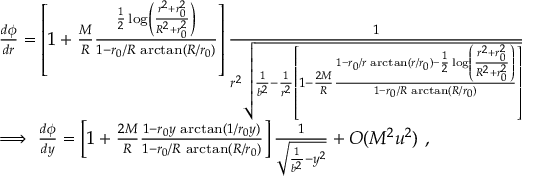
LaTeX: \begin{array} { l } { { \frac { d \phi } { d r } = \left[ 1 + \frac { M } { R } \frac { \frac { 1 } { 2 } \log \left( \frac { r ^ { 2 } + r _ { 0 } ^ { 2 } } { R ^ { 2 } + r _ { 0 } ^ { 2 } } \right) } { 1 - r _ { 0 } / R \, \arctan ( R / r _ { 0 } ) } \right] \frac { 1 } { r ^ { 2 } \sqrt { \frac { 1 } { b ^ { 2 } } - \frac { 1 } { r ^ { 2 } } \left[ 1 - \frac { 2 M } { R } \frac { 1 - r _ { 0 } / r \, \arctan ( r / r _ { 0 } ) - \frac { 1 } { 2 } \log \left( \frac { r ^ { 2 } + r _ { 0 } ^ { 2 } } { R ^ { 2 } + r _ { 0 } ^ { 2 } } \right) } { 1 - r _ { 0 } / R \, \arctan ( R / r _ { 0 } ) } \right] } } } } \\ { { \Longrightarrow \ \frac { d \phi } { d y } = \left[ 1 + \frac { 2 M } { R } \frac { 1 - r _ { 0 } y \, \arctan ( 1 / r _ { 0 } y ) } { 1 - r _ { 0 } / R \, \arctan ( R / r _ { 0 } ) } \right] \frac { 1 } { \sqrt { \frac { 1 } { b ^ { 2 } } - y ^ { 2 } } } + O ( M ^ { 2 } u ^ { 2 } ) \ , } } \end{array}